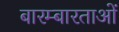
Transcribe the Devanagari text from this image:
बारम्बारताओं